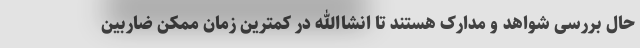
حال بررسی شواهد و مدارک هستند تا انشاالله در کمترین زمان ممکن ضاربین